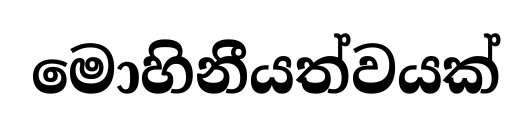
මොහිනීයත්වයක්